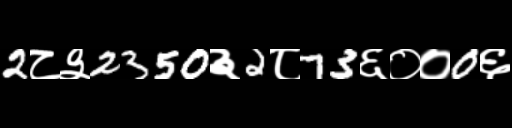
Text: 2८३2350३2८73६००0६